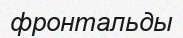
фронтальды